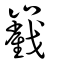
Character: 巀